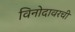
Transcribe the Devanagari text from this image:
विनोदावरची